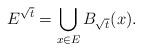
LaTeX: \begin{align*}E^{\sqrt{t}} = \bigcup_{x\in E}B_{\sqrt{t}}(x).\end{align*}